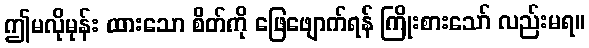
ဤမလိုမုန်း ထားသော စိတ်ကို ဖြေဖျောက်ရန် ကြိုးစားသော် လည်းမရ။